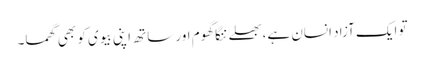
تو ایک آزاد انسان ہے،بھلے ننگا گھوم اور ساتھ اپنی بیوی کو بھی گھما۔